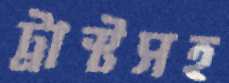
ট্রাস্টসহ